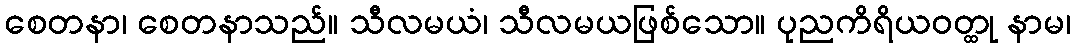
စေတနာ၊ စေတနာသည်။ သီလမယံ၊ သီလမယဖြစ်သော။ ပုညကိရိယဝတ္ထု နာမ၊